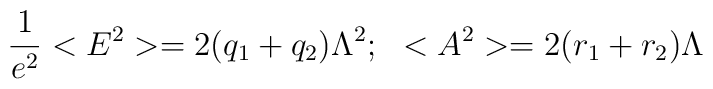
\frac{1}{e^2}<E^2>=2(q_1+q_2)\Lambda^2; \ \  <A^2>=2(r_1+r_2)\Lambda